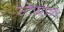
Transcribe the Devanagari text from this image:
स्टेफ़ान